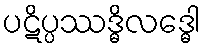
ပဋိပ္ပဿဒ္ဓိလဒ္ဓေါ